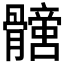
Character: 𩪩